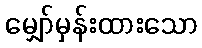
မျှော်မှန်းထားသော